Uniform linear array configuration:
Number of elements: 48
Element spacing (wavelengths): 0.75
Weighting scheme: blackman
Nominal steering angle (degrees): -60
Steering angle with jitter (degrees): -60.37
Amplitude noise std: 0.05
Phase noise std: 0.05

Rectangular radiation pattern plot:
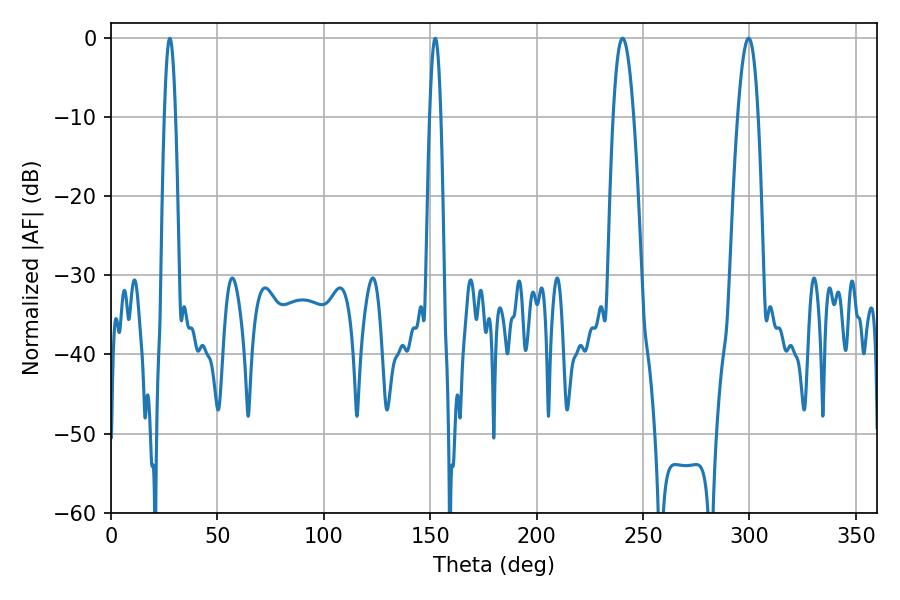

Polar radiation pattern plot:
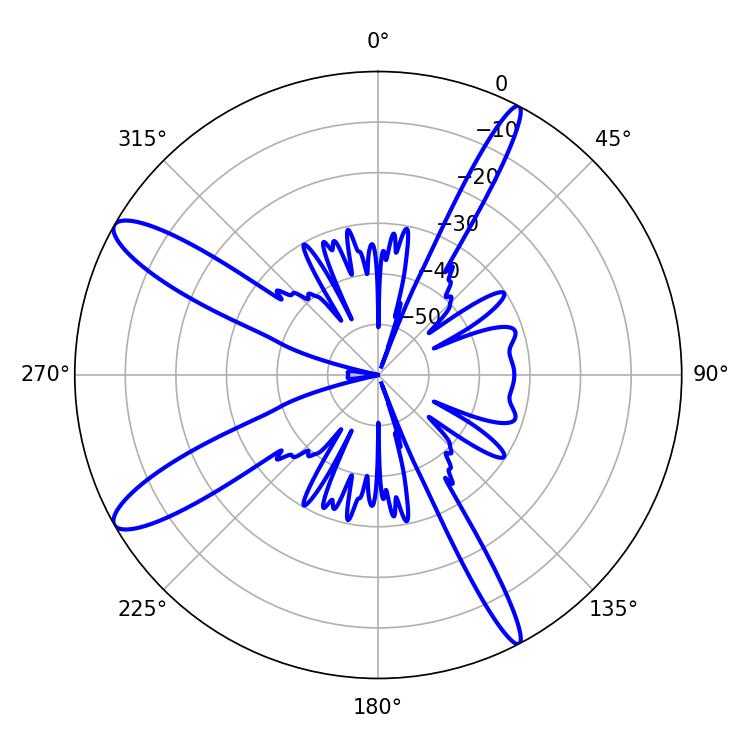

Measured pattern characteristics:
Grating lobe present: TRUE
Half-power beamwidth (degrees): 5.22
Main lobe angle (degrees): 240.48